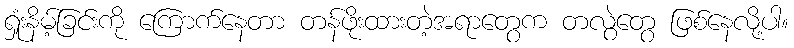
ရှုံးနိမ့်ခြင်းကို ကြောက်နေတာ တန်ဖိုးထားတဲ့အရာတွေက တလွဲတွေ ဖြစ်နေလို့ပါ။